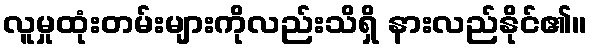
လူမှုထုံးတမ်းများကိုလည်းသိရှိ နားလည်နိုင်၏။